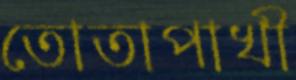
তোতাপাখী